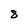
Character: 8